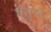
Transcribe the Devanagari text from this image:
चतुष्‍ट